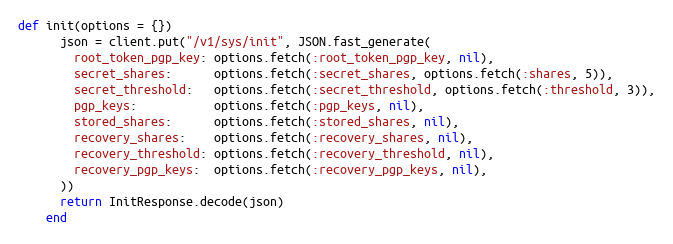
Language: Ruby
def init(options = {})
      json = client.put("/v1/sys/init", JSON.fast_generate(
        root_token_pgp_key: options.fetch(:root_token_pgp_key, nil),
        secret_shares:      options.fetch(:secret_shares, options.fetch(:shares, 5)),
        secret_threshold:   options.fetch(:secret_threshold, options.fetch(:threshold, 3)),
        pgp_keys:           options.fetch(:pgp_keys, nil),
        stored_shares:      options.fetch(:stored_shares, nil),
        recovery_shares:    options.fetch(:recovery_shares, nil),
        recovery_threshold: options.fetch(:recovery_threshold, nil),
        recovery_pgp_keys:  options.fetch(:recovery_pgp_keys, nil),
      ))
      return InitResponse.decode(json)
    end